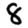
Digit: 8